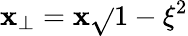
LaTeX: \mathbf{x}_{\perp}=\mathbf{x}\sqrt{}{{1-\xi^{2}}}